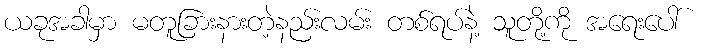
ယခုအခါမှာ မတူခြားနားတဲ့နည်းလမ်း တစ်ရပ်နဲ့ သူတို့ကို အရေးပေါ်